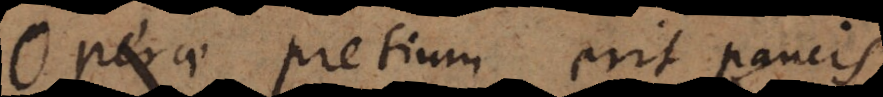
Operae pretium erit paucis